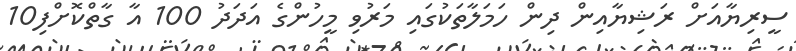
ސީރިޔާއަށް ރަޝިޔާއިން ދިން ހަމަލާތަކުގައި މަރުވި މީހުންގެ އަދަދު 100 އާ ގާތްކޮށްފި10